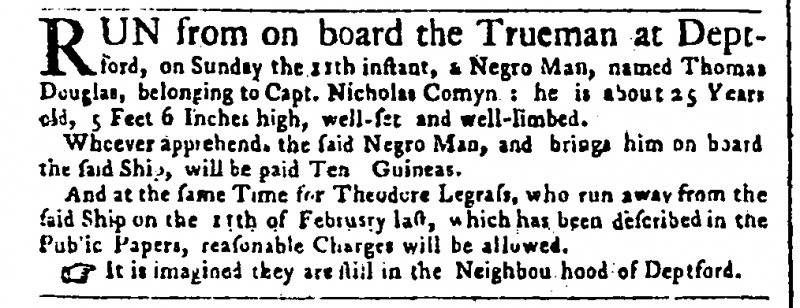
Public Advertiser, 13 March 1759 (England)
RUN from on board the Trueman at Deptford, on Sunday 11th instant, a Negro Man, named Thomas Douglas, belonging to Capt. Nicholas Comyn: he is about 25 Years old, 5 Feet 6 Inches high, well-set and well-limbed.  Whoever apprehends the said Negro Man, and brings him on board the said Ship, will be paid Ten Guineas.  And at the same Time for Theodore Legrass, who run away from the said Ship on the 11th of February last, which has been described in the Public Papers, reasonable Charges will be allowed.  It is imagined they are still in the Neighbou[r]hood of Deptford.